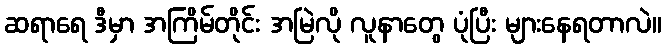
ဆရာရေ ဒီမှာ အကြိမ်တိုင်း အမြဲလို လူနာတွေ ပုံပြီး များနေရတာလဲ။